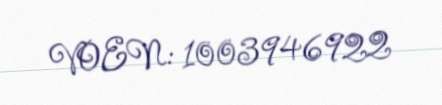
VOEN: 1003946922